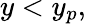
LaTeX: y<y_{p},